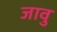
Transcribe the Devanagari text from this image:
जावु